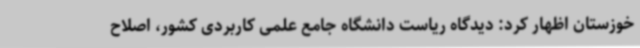
خوزستان اظهار کرد: دیدگاه ریاست دانشگاه جامع علمی‌ کاربردی کشور، اصلاح